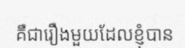
គឺជារឿងមួយដែលខ្ញុំបាន